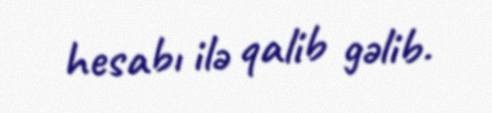
hesabı ilə qalib gəlib.